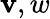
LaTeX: \mathbf{v},w